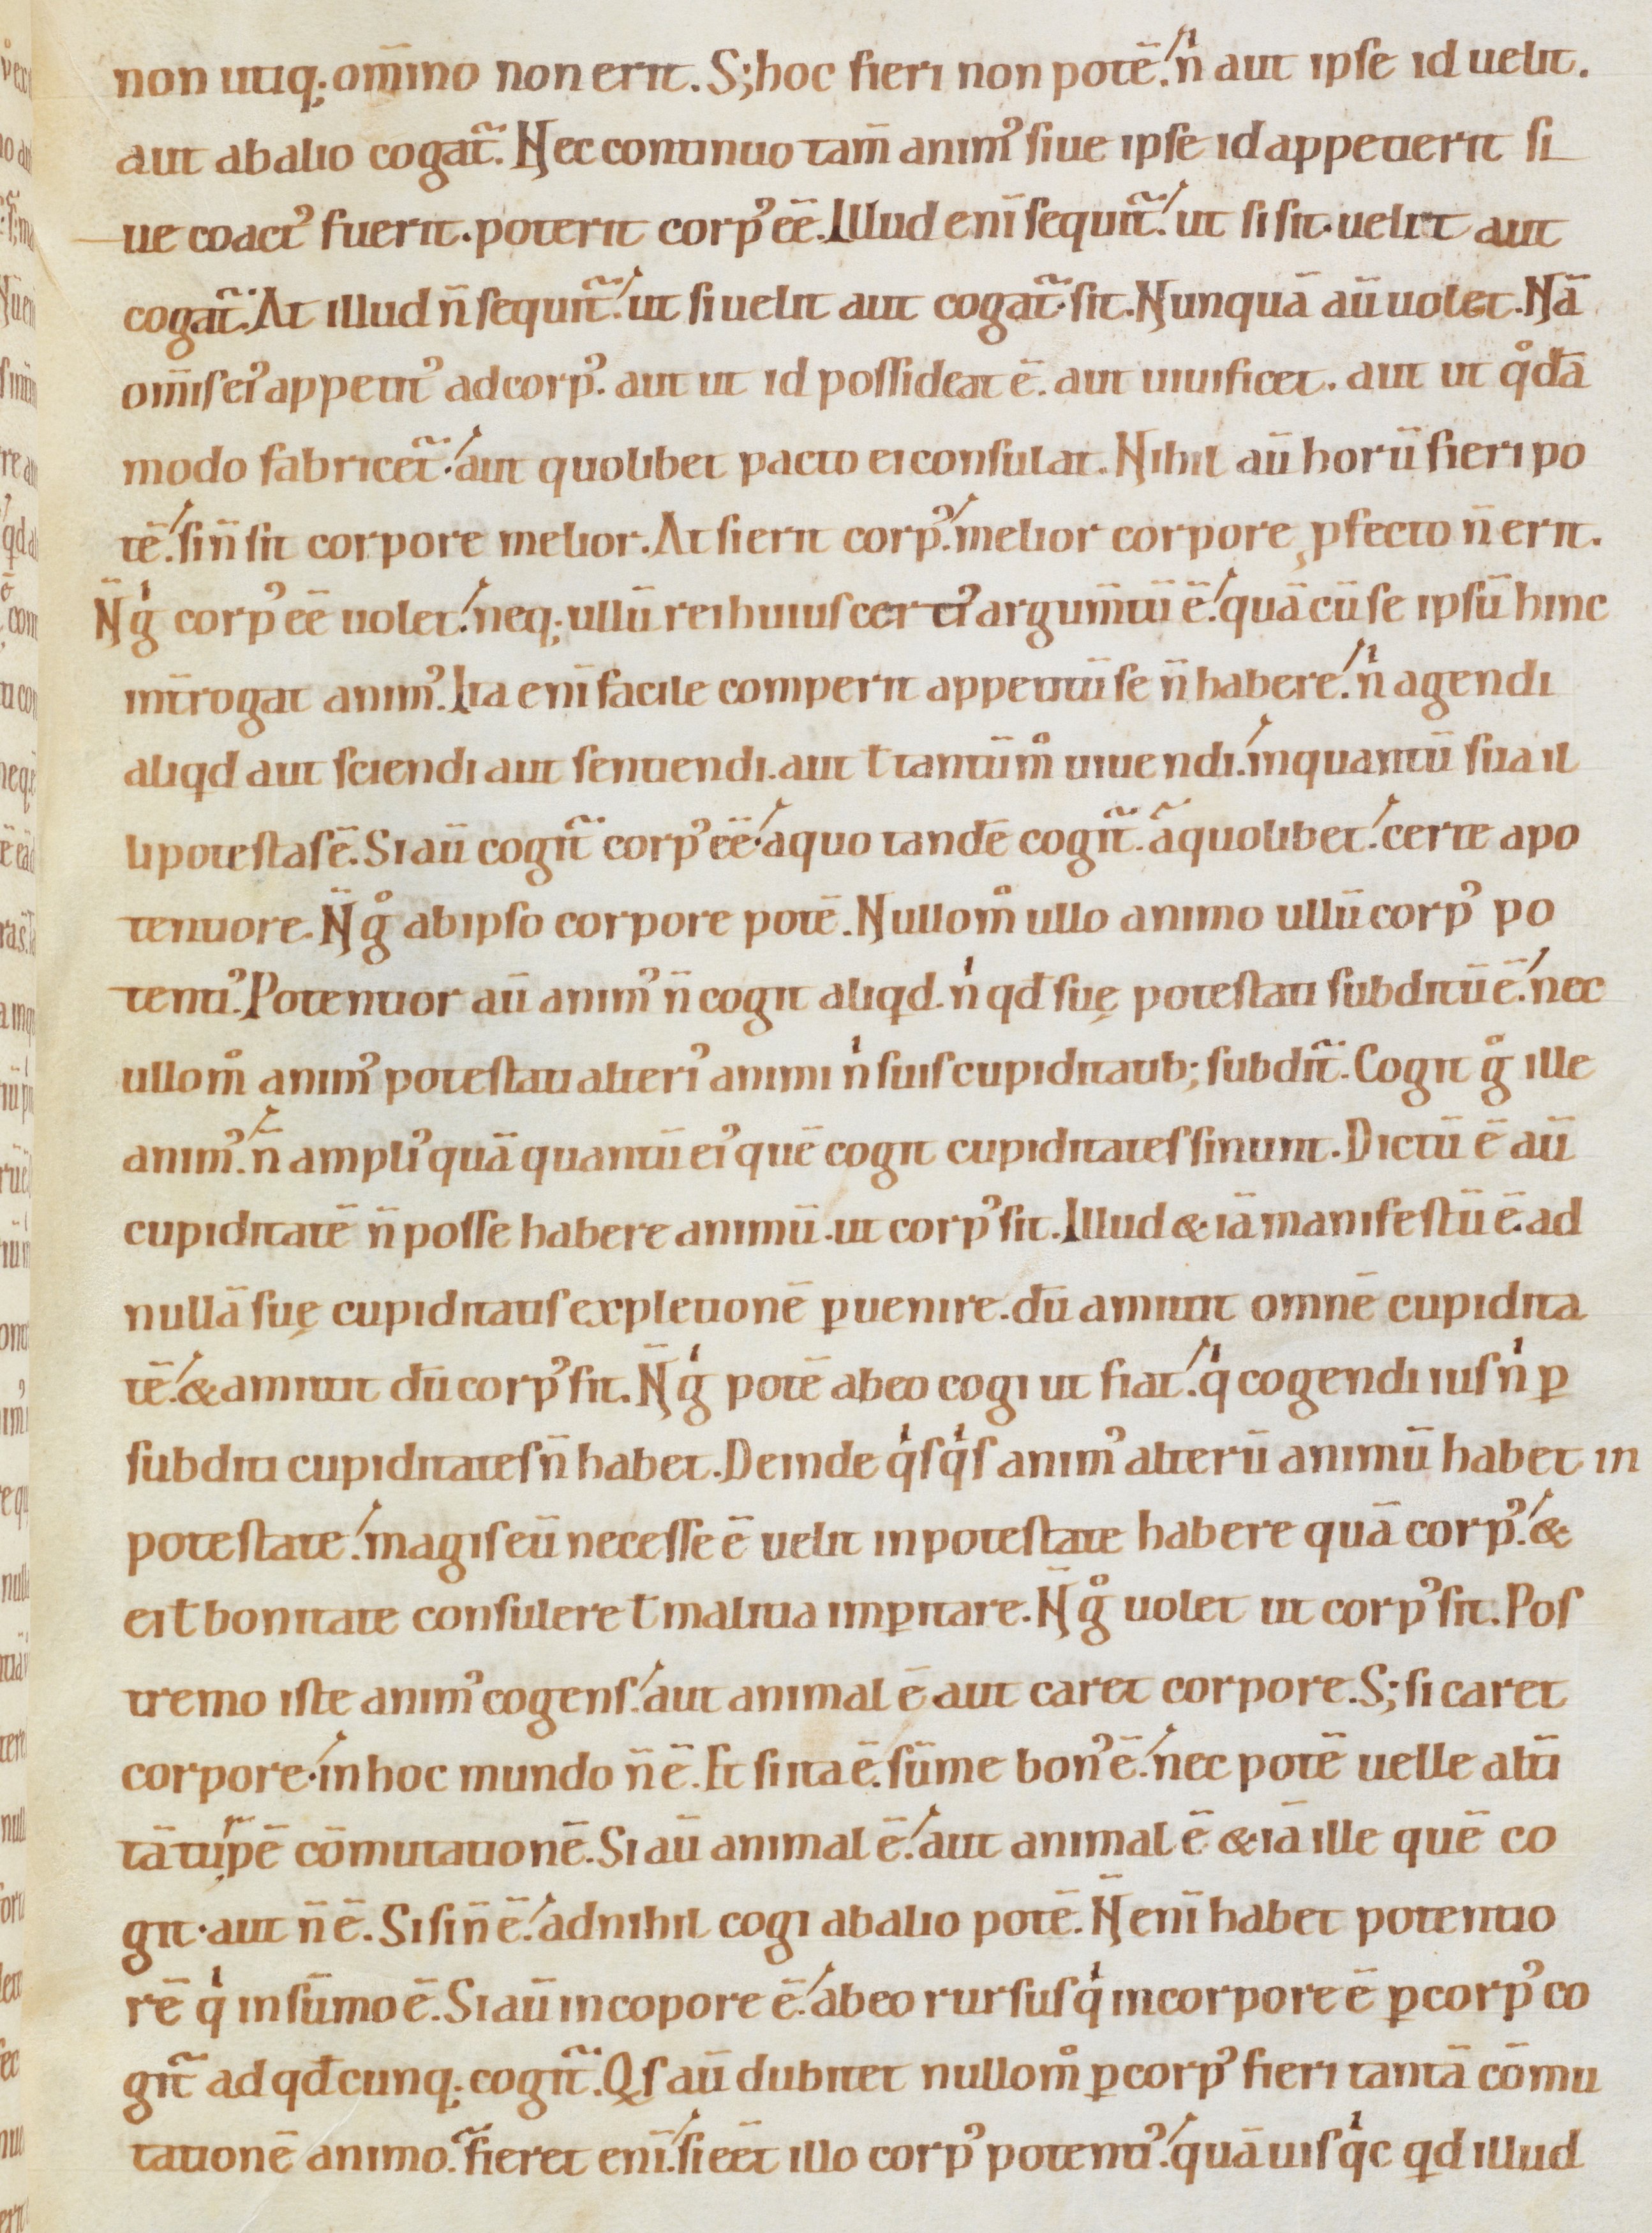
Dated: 1080–1096